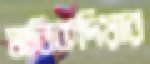
মানিকদিয়ার